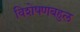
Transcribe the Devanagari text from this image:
विशेषणबहुल